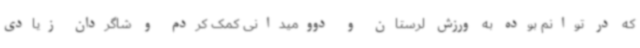
که در توانم بوده به ورزش لرستان و دوومیدانی کمک کردم و شاگردان زیادی